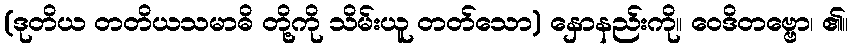
(ဒုတိယ တတိယသမာဓိ တို့ကို သိမ်းယူ တတ်သော) နှောနည်းကို။ ဝေဒိတဗ္ဗော၊ ၏။